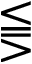
\lesseqqgtr